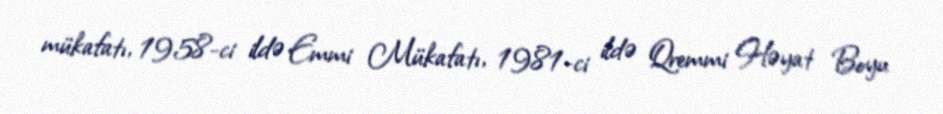
mükafatı, 1958-ci ildə Emmi Mükafatı, 1981-ci ildə Qremmi Həyat Boyu